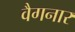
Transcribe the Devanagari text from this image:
वैगनार